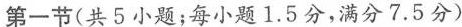
第一节（共5小题；每小题1.5分，满分7.5 分 ）